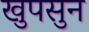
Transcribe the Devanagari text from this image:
खुपसुन